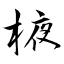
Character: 棭